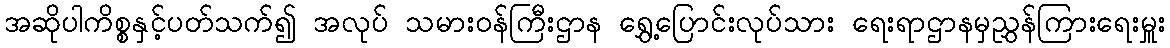
အဆိုပါကိစ္စနှင့်ပတ်သက်၍ အလုပ် သမားဝန်ကြီးဌာန ရွှေ့ပြောင်းလုပ်သား ရေးရာဌာနမှညွှန်ကြားရေးမှူး